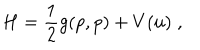
LaTeX: H = \frac { 1 } { 2 } g ( p , p ) + V ( u ) \; ,